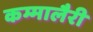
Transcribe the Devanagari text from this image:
कम्मालैरी